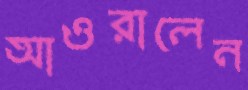
আওরালেন